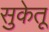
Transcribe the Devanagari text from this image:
सुकेतू